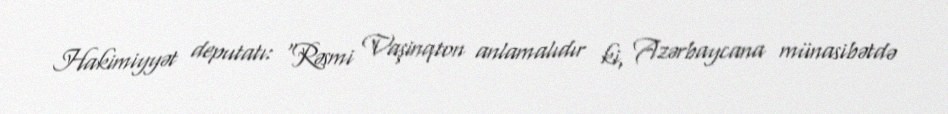
Hakimiyyət deputatı: “Rəsmi Vaşinqton anlamalıdır ki, Azərbaycana münasibətdə